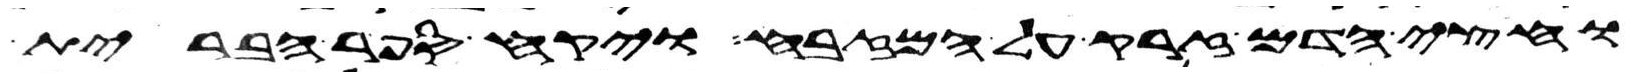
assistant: וחצי הדם זרק על המזבח ויקח ספר הברית